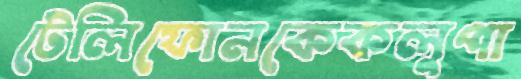
টেলিফোনকেকলুপা